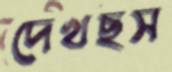
দেখছস